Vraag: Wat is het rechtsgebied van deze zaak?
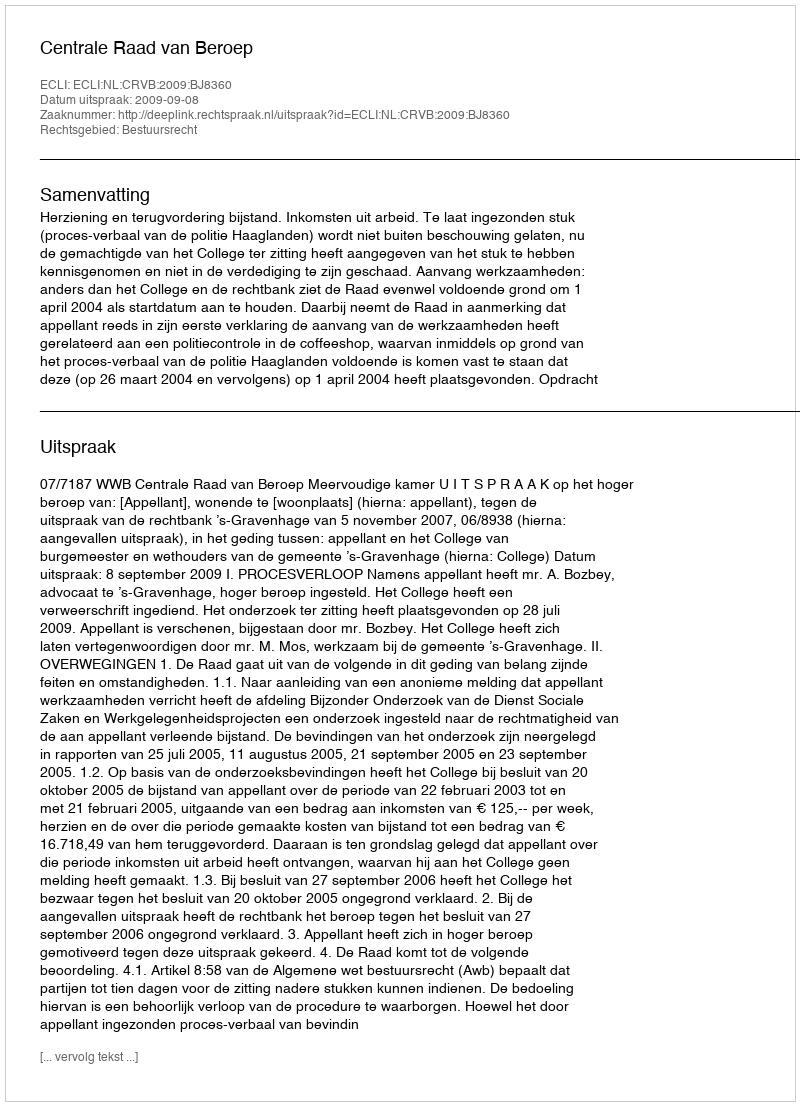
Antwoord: Bestuursrecht